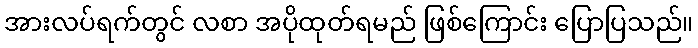
အားလပ်ရက်တွင် လစာ အပိုထုတ်ရမည် ဖြစ်ကြောင်း ပြောပြသည်။